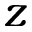
z